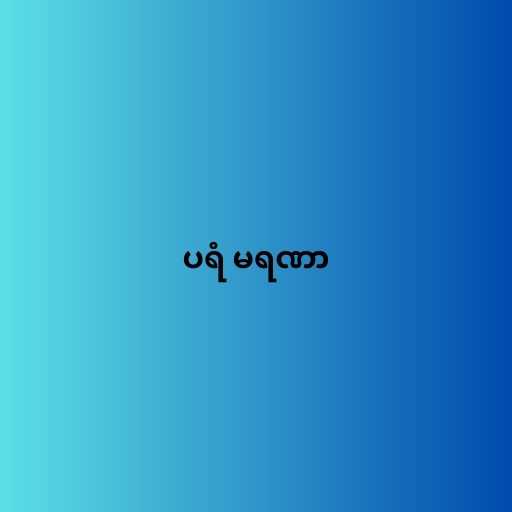
ပရံ မရဏာ